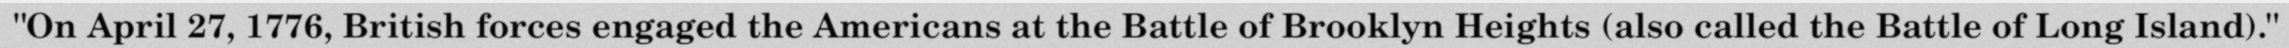
"On April 27, 1776, British forces engaged the Americans at the Battle of Brooklyn Heights (also called the Battle of Long Island)."